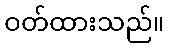
ဝတ်ထားသည်။